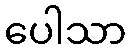
ပေါသာ